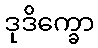
ဒုဒိက္ခော